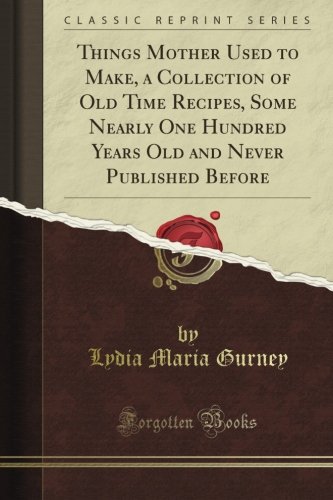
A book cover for Things Mother Used to Make, a Collection of Old Time Recipes, Some Nearly One Hundred Years Old and Never Published Before (Classic Reprint); Lydia Maria Gurney; Cookbooks, Food & Wine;